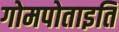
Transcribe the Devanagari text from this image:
गोमपोताइति